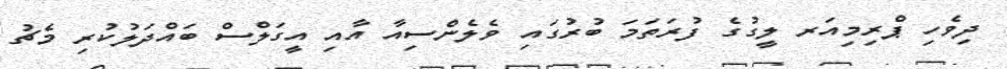
ދިވެހި ޕްރިމިއަރ ލީގުގެ ފުރަތަމަ ބުރުގައި ވެލެންސިއާ އާއި އީގަލްސް ބައްދަލުކުރި މެޗު